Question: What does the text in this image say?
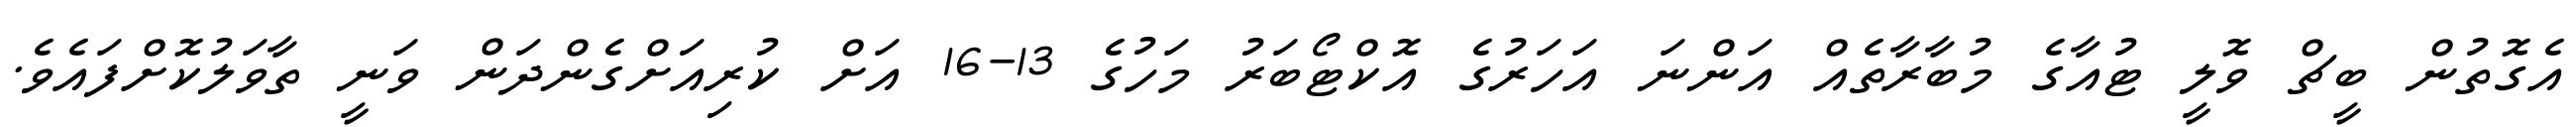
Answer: އެގޮތުން ބީޗް ވޮލީ ޓުއާގެ މުބާރާތެއް އަންނަ އަހަރުގެ އޮކްޓޯބަރު މަހުގެ 13-16 އަށް ކުރިއަށްގެންދަން ވަނީ ތާވަލުކޮށްފައެވެ.